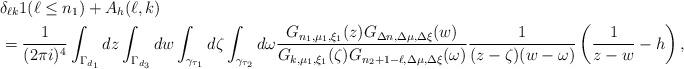
LaTeX: \begin{align*}&\delta_{\ell k}1(\ell\le n_1)+A_h(\ell,k)\\&=\frac 1{(2\pi i)^4}\int_{\Gamma_{d_1}}dz\int_{\Gamma_{d_3}}dw\int_{\gamma_{\tau_1}}d\zeta\int_{\gamma_{\tau_2}}d\omega\frac{G_{n_1,\mu_1,\xi_1}(z)G_{\Delta n,\Delta\mu,\Delta\xi}(w)}{G_{k,\mu_1,\xi_1}(\zeta)G_{n_2+1-\ell,\Delta\mu,\Delta\xi}(\omega)}\frac 1{(z-\zeta)(w-\omega)}\left(\frac 1{z-w}-h\right),\end{align*}